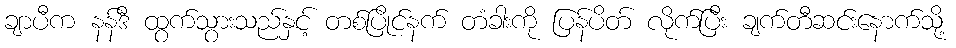
ချာပီက နန်ဒီ ထွက်သွားသည်နှင့် တစ်ပြိုင်နက် တံခါးကို ပြန်ပိတ် လိုက်ပြီး ချက်တီဆင်းနောက်သို့